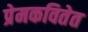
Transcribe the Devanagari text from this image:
प्रेमकवितेत